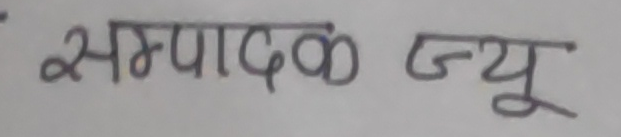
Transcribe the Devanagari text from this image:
सम्पादक ज्यू